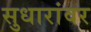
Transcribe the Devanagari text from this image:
सुधारांवर